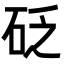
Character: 砭